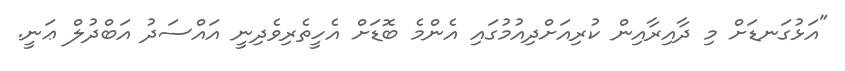
"އަޅުގަނޑަށް މި ދާއިރާއިން ކުރިއަށްދިއުމުގައި އެންމެ ބޮޑަށް އެހީތެރިވެދިނީ އައްސަދު އަބްދުލް ޢަނީ.